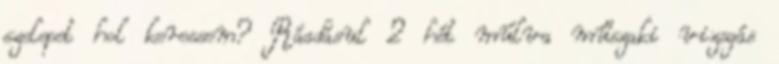
szelepet hol keressem? Ráadásul 2 hét múlva műszaki vizsgás